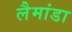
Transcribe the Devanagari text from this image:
लैमांडा